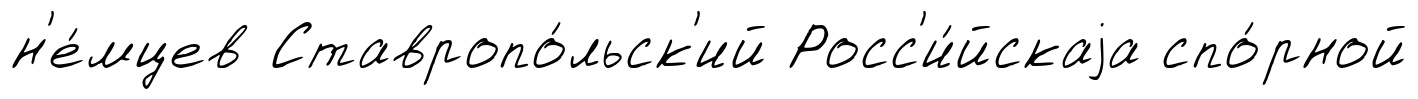
н'е́мцев Ставропо́льск'ий Росс'и́йскаjа спо́рной